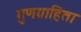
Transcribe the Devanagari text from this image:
गुणग्राहिता